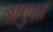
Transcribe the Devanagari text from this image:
बागुआ